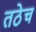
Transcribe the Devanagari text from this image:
तठेच